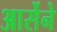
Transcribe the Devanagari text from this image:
आर्सेने